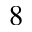
^ { 8 }